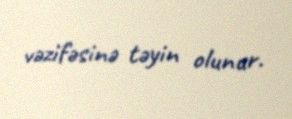
vəzifəsinə təyin olunur.